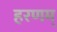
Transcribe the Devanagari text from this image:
हरणम्